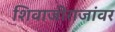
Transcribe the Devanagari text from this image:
शिवाजीराजांवर